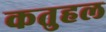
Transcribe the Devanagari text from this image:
कतुहल